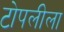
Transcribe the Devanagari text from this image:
टोपलीला